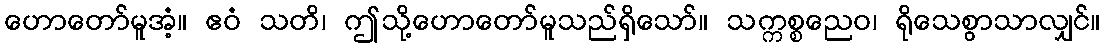
ဟောတော်မူအံ့။ ဧဝံ သတိ၊ ဤသို့ဟောတော်မူသည်ရှိသော်။ သက္ကစ္စညေဝ၊ ရိုသေစွာသာလျှင်။